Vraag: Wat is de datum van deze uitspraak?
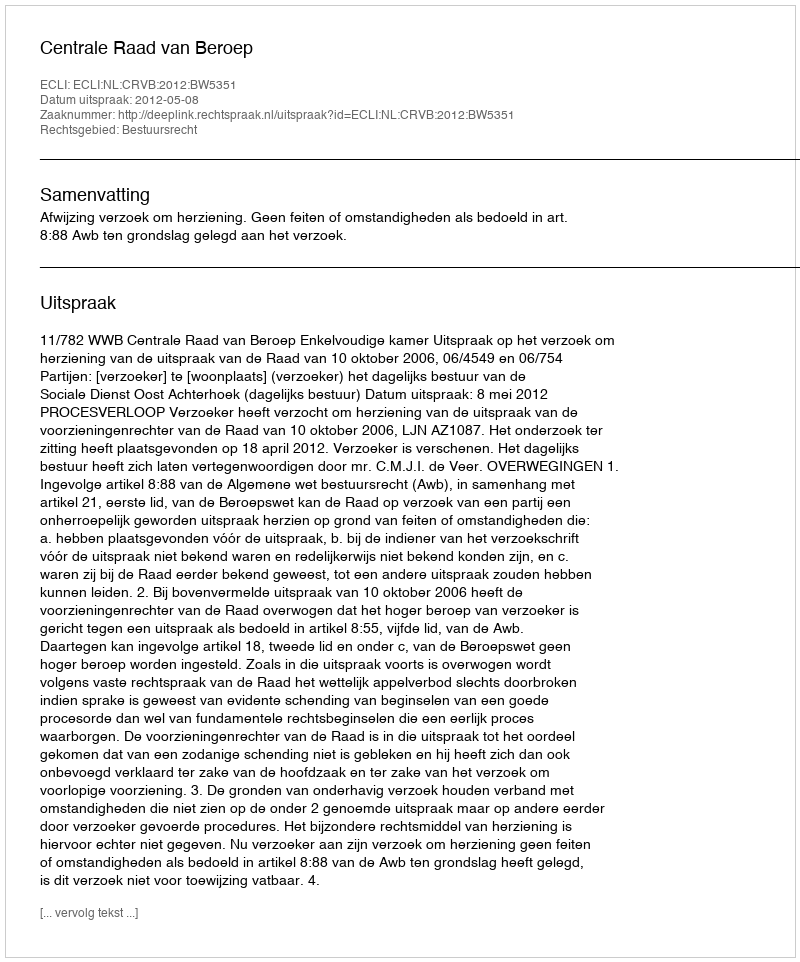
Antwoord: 2012-05-08